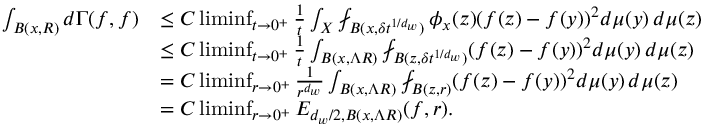
\begin{array} { r l } { \int _ { B ( x , R ) } d \Gamma ( f , f ) } & { \leq C \operatorname* { l i m i n f } _ { t \to 0 ^ { + } } \frac { 1 } { t } \int _ { X } \fint _ { B ( x , \delta t ^ { 1 / d _ { w } } ) } \phi _ { x } ( z ) ( f ( z ) - f ( y ) ) ^ { 2 } d \mu ( y ) \, d \mu ( z ) } \\ & { \le C \operatorname* { l i m i n f } _ { t \to 0 ^ { + } } \frac { 1 } { t } \int _ { B ( x , \Lambda R ) } \fint _ { B ( z , \delta t ^ { 1 / d _ { w } } ) } ( f ( z ) - f ( y ) ) ^ { 2 } d \mu ( y ) \, d \mu ( z ) } \\ & { = C \operatorname* { l i m i n f } _ { r \to 0 ^ { + } } \frac { 1 } { r ^ { d _ { w } } } \int _ { B ( x , \Lambda R ) } \fint _ { B ( z , r ) } ( f ( z ) - f ( y ) ) ^ { 2 } d \mu ( y ) \, d \mu ( z ) } \\ & { = C \operatorname* { l i m i n f } _ { r \to 0 ^ { + } } E _ { d _ { w } / 2 , B ( x , \Lambda R ) } ( f , r ) . } \end{array}